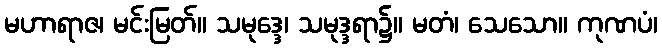
မဟာရာဇ၊ မင်းမြတ်။ သမုဒ္ဒေ၊ သမုဒ္ဒရာ၌။ မတံ၊ သေသော။ ကုဏပံ၊